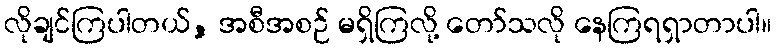
လိုချင်ကြပါတယ်, အစီအစဉ် မရှိကြလို့ တော်သလို နေကြရရှာတာပါ။